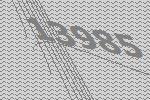
13985